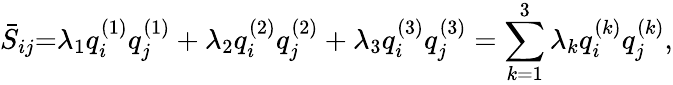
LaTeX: {{\bar{S}}_{ij}}\mathrm{{=}}{\lambda_{1}}q_{i}^{\left(1\right)}q_{j}^{\left(1\right)}+{\lambda_{2}}q_{i}^{\left(2\right)}q_{j}^{\left(2\right)}+{\lambda_{3}}q_{i}^{\left(3\right)}q_{j}^{\left(3\right)}=\sum_{k=1}^{3}{{\lambda_{k}}q_{i}^{\left(k\right)}q_{j}^{\left(k\right)}},